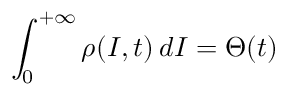
\int _ { 0 } ^ { + \infty } \rho ( I , t ) \, d I = \Theta ( t )